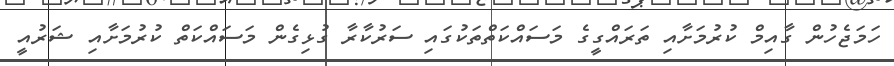
ހަމަޖެހުން ގާއިމް ކުރުމަށާއި ތަރައްގީގެ މަސައްކަތްތަކުގައި ސަރުކާރާ ގުޅިގެން މަސައްކަތް ކުރުމަށާއި ޝަރުއީ